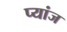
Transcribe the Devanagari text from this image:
प्यांज